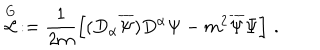
\stackrel { \mathrm { G } } { { \mathcal L } } \, : = \frac { 1 } { 2 m } \left[ ( D _ { \alpha } \overline { { { \Psi } } } ) D ^ { \alpha } \Psi - m ^ { 2 } \overline { { { \Psi } } } \Psi \right] \, .